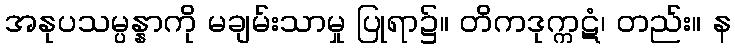
အနုပသမ္ပန္နာကို မချမ်းသာမှု ပြုရာ၌။ တိကဒုက္ကဋံ၊ တည်း။ န